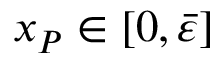
x _ { P } \in [ 0 , \bar { \varepsilon } ]